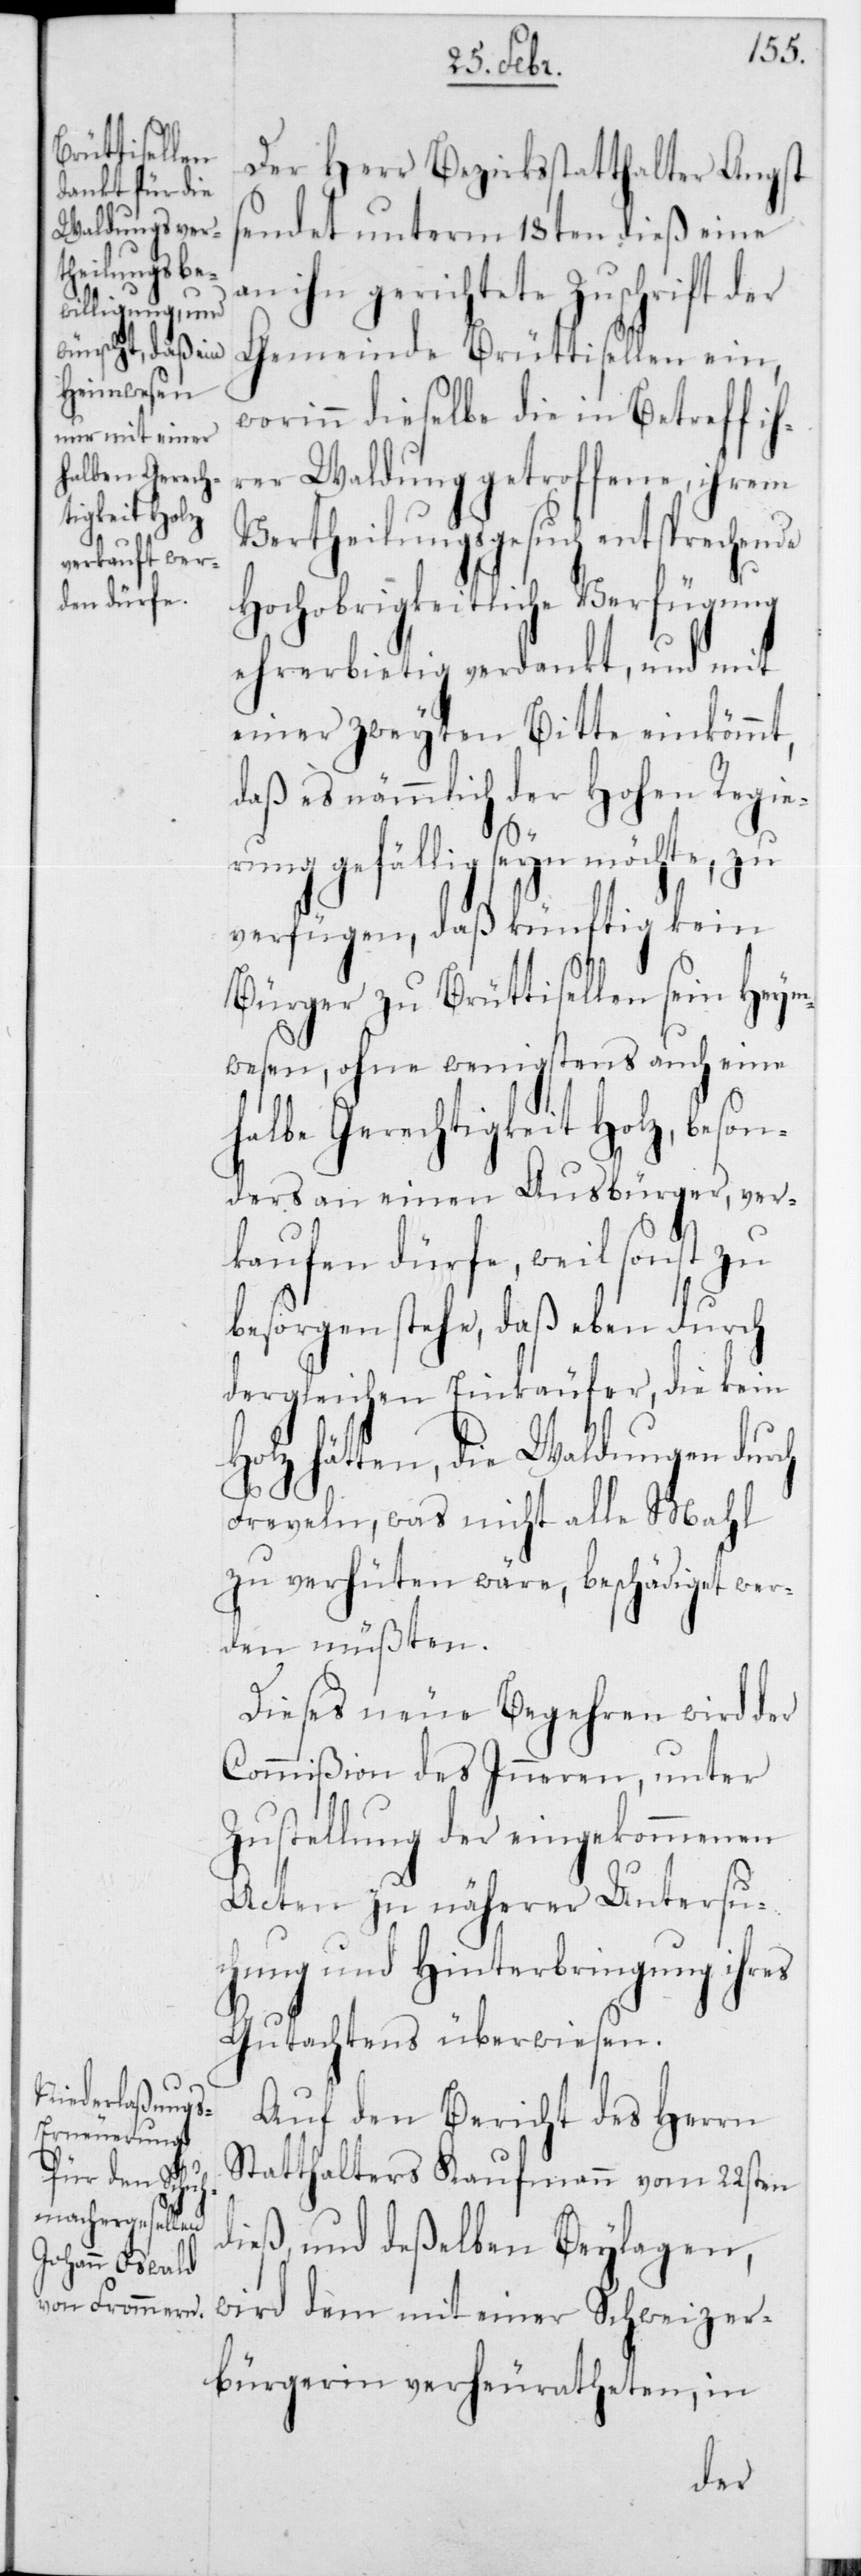
Der Herr Bezirksstatthalter Angst
sendet unterm 18ten dieß eine
an ihn gerichtete Zuschrift der
Gemeinde Brüttisellen ein,
worinn dieselbe die in Betreff ih¬
rer Waldung getroffene, ihrem
Vertheilungsgesuch entsprechende
Hochobrigkeitliche Verfügung
ehrerbietig verdankt, und mit
einer zweyten Bitte einkömmt,
daß es nämmlich der Hohen Regie¬
rung gefällig seyn möchte, zu
verfügen, daß künftig kein
Bürger zu Brüttisellen sein Heym¬
wesen, ohne wenigstens auch eine
halbe Gerechtigkeit Holz, beson¬
ders an einen Ausbürger, ver¬
kaufen dürfe, weil sonst zu
besorgen stehe, daß eben durch
dergleichen Einkäufer, die kein
Holz hätten, die Waldungen durch
Freveln, was nicht alle Mahl
zu verhüten wäre, beschädigt wer¬
den müßten.
Dieses neue Begehren wird der
Commißion des Innern, unter
Zustellung der eingekommenen
Acten zu näherer Untersu¬
chung und Hinterbringung ihres
Gutachtens überwiesen.
Auf den Bericht des Herrn
Statthalters Kaufmann vom 22sten
dieß, und deßelben Beylagen,
wird dem mit einer Schweizer¬
bürgerin verheuratheten, in